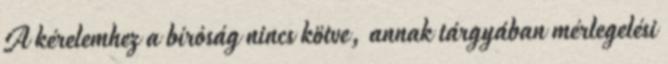
A kérelemhez a bíróság nincs kötve, annak tárgyában mérlegelési